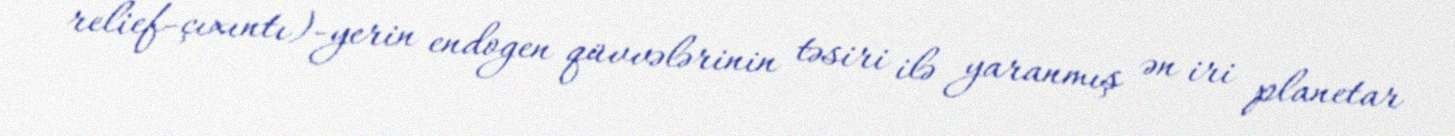
relief-çıxıntı)-yerin endogen qüvvələrinin təsiri ilə yaranmış ən iri planetar